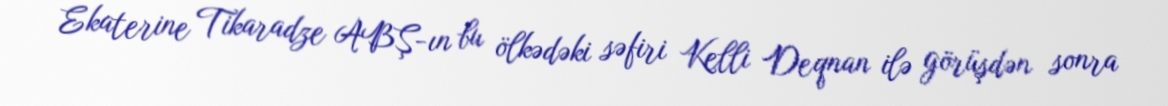
Ekaterine Tikaradze ABŞ-ın bu ölkədəki səfiri Kelli Deqnan ilə görüşdən sonra